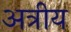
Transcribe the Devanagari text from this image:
अत्रीय